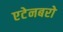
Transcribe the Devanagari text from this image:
एटेनबरो